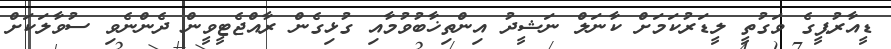
ޑީއާރުޕީގެ ވަގުތީ ލީޑަރުކަމަށް ކާނަލް ނަޝީދު އިންތިޚާބުވުމާއި ގުޅިގެން ރާއްޖެޓީވީން ދެންނެވި ސުވާލަކަށް